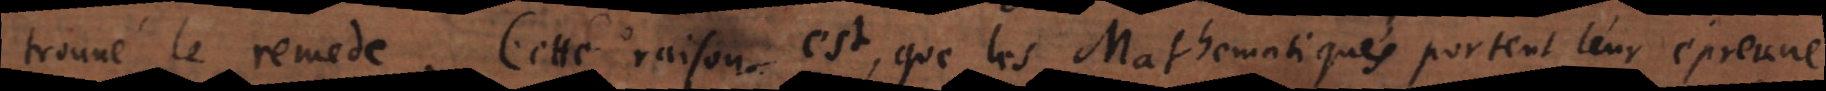
trouvé le remede. Cette raison est, que les Mathematiques portent leur épreuve